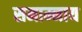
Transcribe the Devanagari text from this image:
समाम्नाय